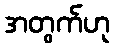
အတွက်ဟု